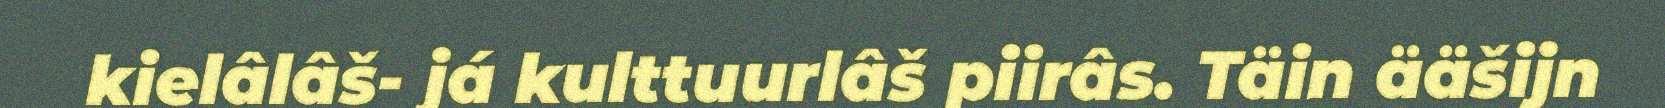
kielâlâš- já kulttuurlâš piirâs. Täin ääšijn